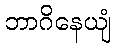
ဘာဂိနေယျံ